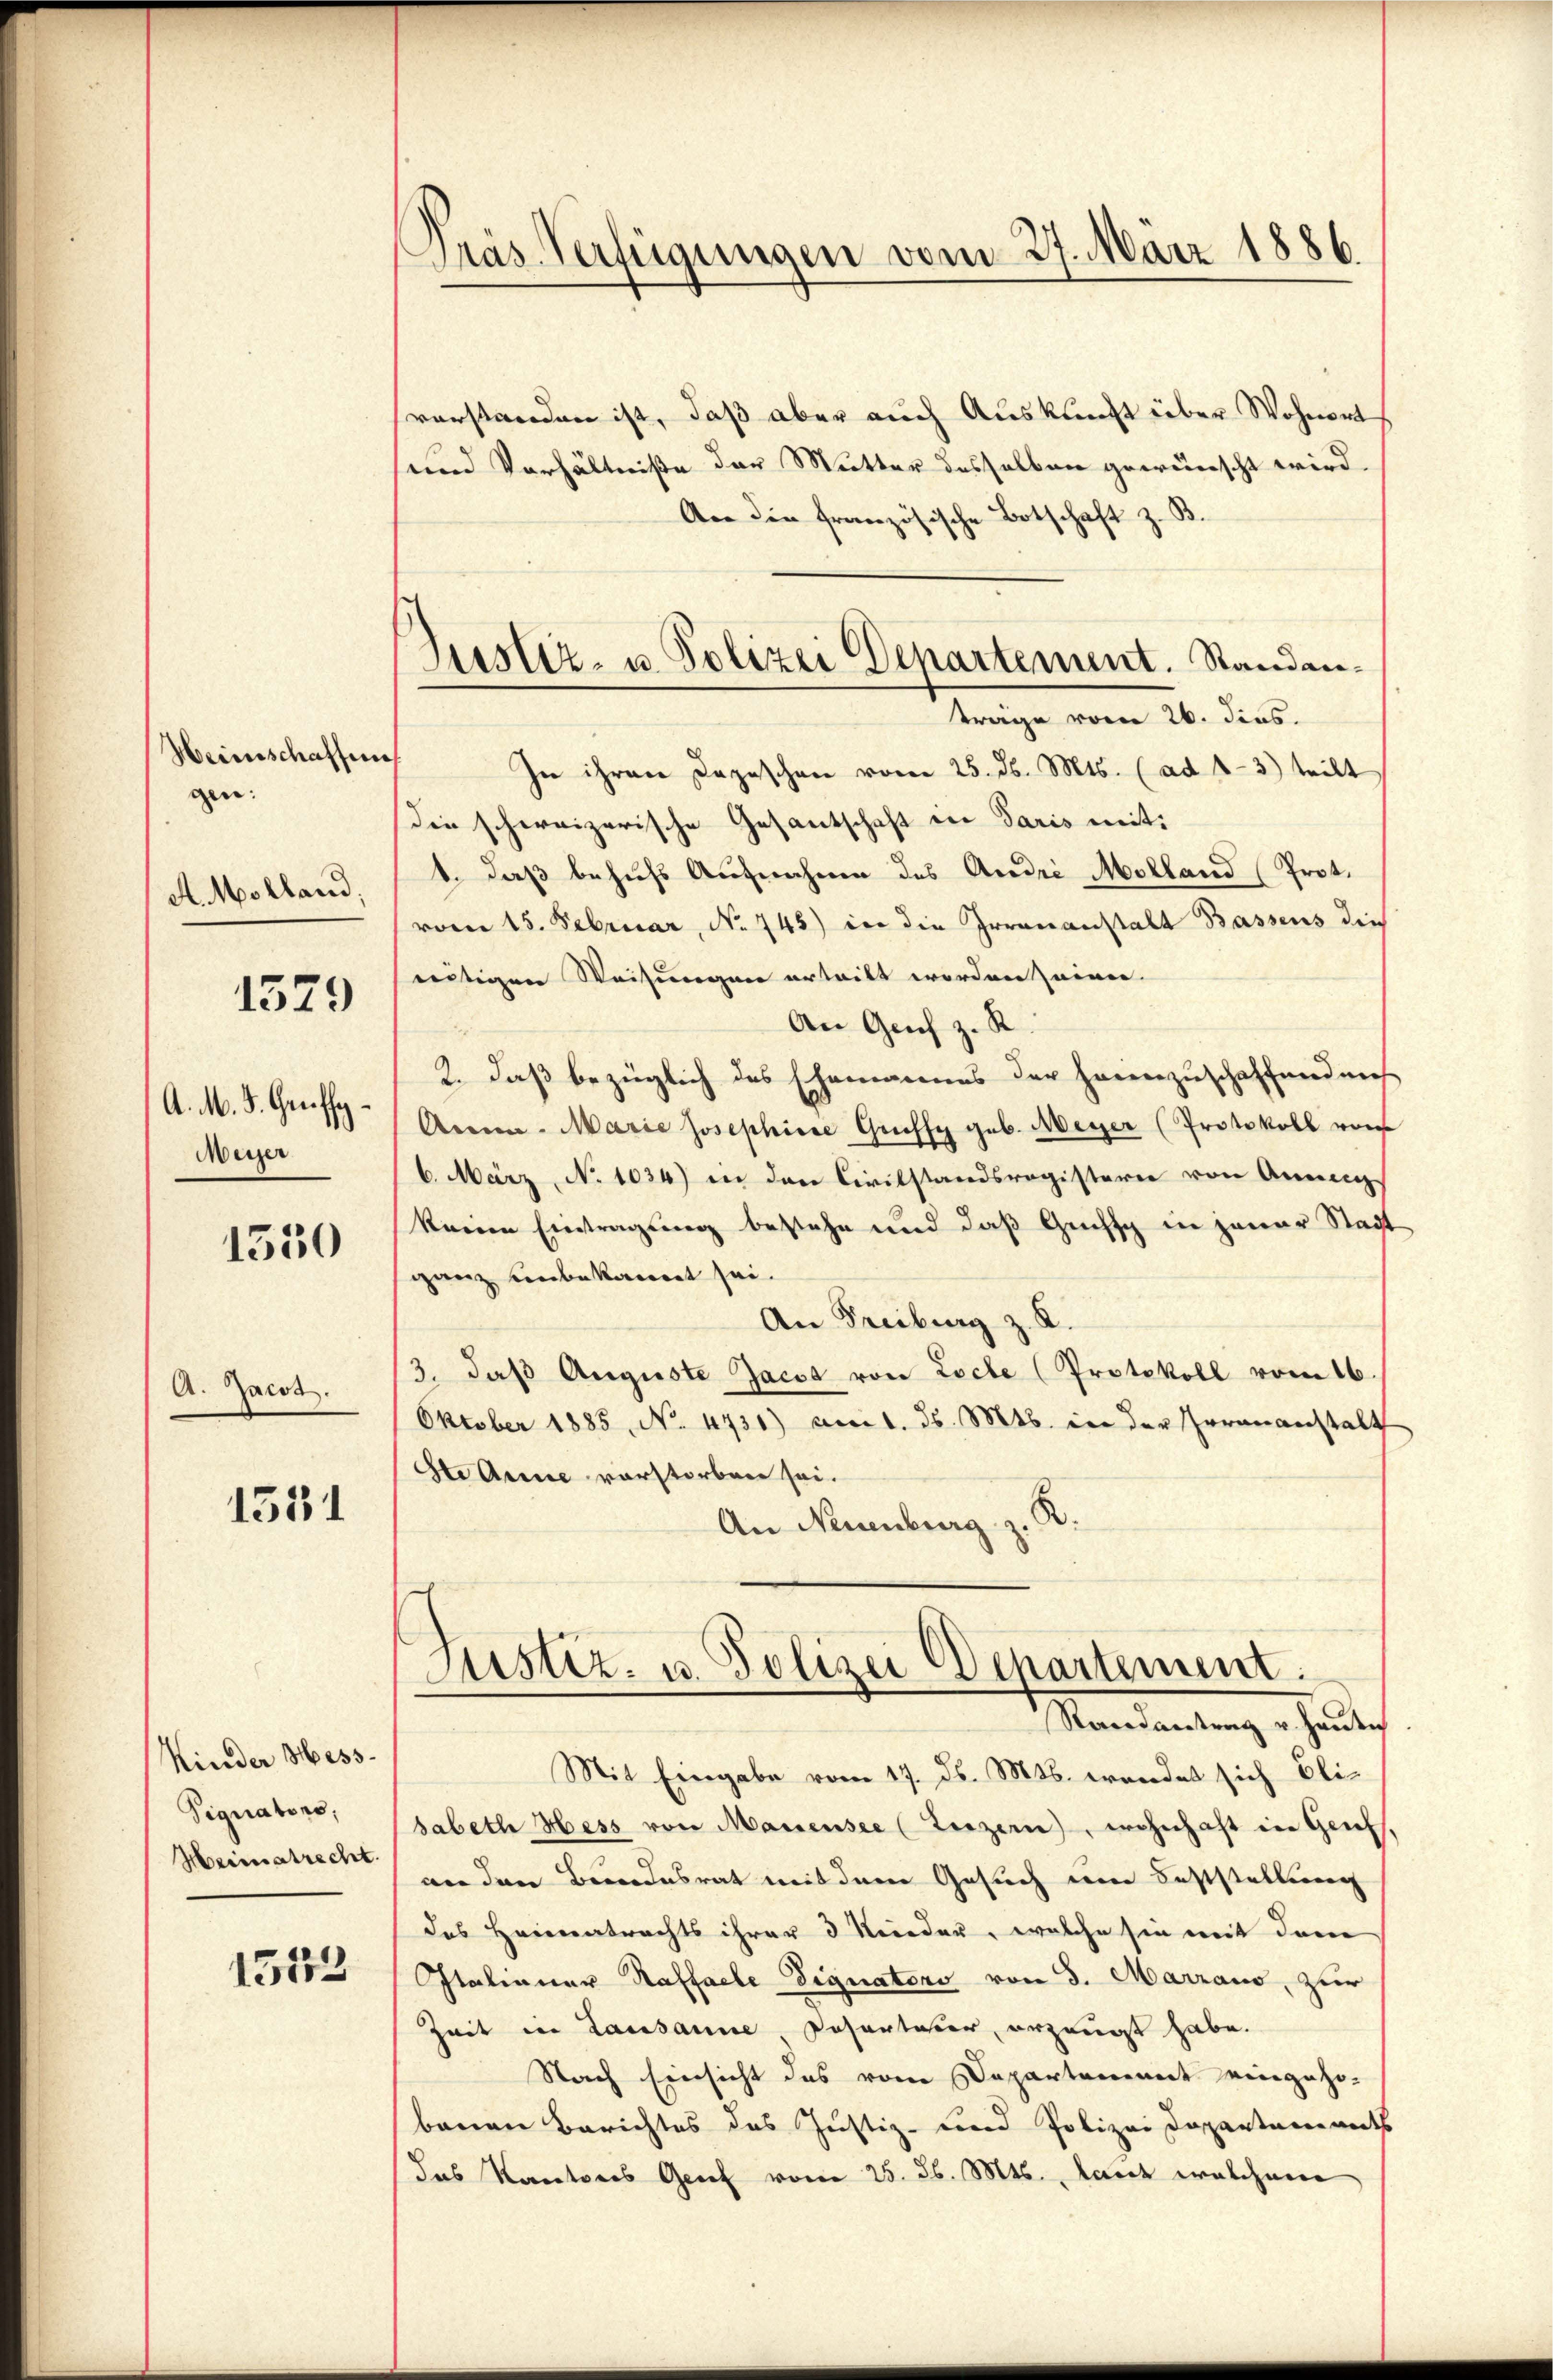
Heinschaffung
gen:
A. Molland;

1329

A. M. D. Gereffe
Meyer

1530

A. Jacot.

1531

Kinder Mess-
Signators,
Heimatrecht.

1513

s
Präs. Verfügungen vom 27. März 1886.

Justiz- u. Polizei Departement. Standantrage vom 26. dies

verstanden ist, daß aber auch Auskunft über Wohnort
und Verhältniße der Mutter desselben gewünscht wird.
An die französische Botschaft
z
In ihren Depeschen vom 25. ds. Mts. (ad 1-3) teilt
die schweizerische Gesantschaft in Paris mit:
1. daß behufs Aufnahme des André Molland (Prot.
vom 15. Februar, No 745) in die Irrenanstalt Bassens die
reitigen Weisungen erteilt worden seinen.
An Genf z. R.
2. Daß bezüglich des Ehemannes der Heimzuschaffenden
Arei- Marie Josephine Grussy geb. Meyer (Protokoll von
6. März, No 1034) in den Civilstandsregistern von Anning
keinen Eintragung bestehe und daß Gechs in jener Stadt
ganz unbekannt sei.
An Freiburg z. K.
3. daβ Auguste Jacob von Loche (Protokoll vom 16.
Oktober 1885, No. 4731) am 1. ds. Mts. in der Herananstalt
Ste Anne vorstorben sei.
.
An Neuenburg
s
Justiz- u. Polizei Departement.
Mandantung er heuten
Mit Eingabe vom 17. Js. Mts. wendet sich bli-
sabeth Hess von Mauensee (Luzern, wohnhaft in Genf.
an den Bundesrat mit dem Gesuch von Feststellung
das Heimatrachts ihrer 3 Kinden, welche sie mit dem
Italianer Haffalle Signatons von 3. Marraus, zur
Zeit in Lausanne Desertaster, erzeugt habe.
Nach Einsicht das vom Departement eingehö-
bauen Berichtes das Justiz- und Polizei Departaments
das Kantons Genf vom 25. d. Mts. laut welchem